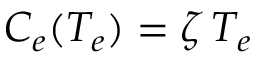
C _ { e } ( T _ { e } ) = \zeta \, T _ { e }